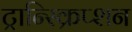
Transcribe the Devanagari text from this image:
ट्रान्स्क्रिप्शन